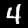
Digit: 4